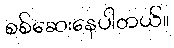
စစ်ဆေးနေပါတယ်။